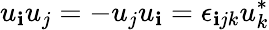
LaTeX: u_{\mathbf{i}}u_{j}=-u_{j}u_{\mathbf{i}}=\epsilon_{\mathbf{i}jk}u_{k}^{*}